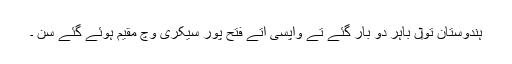
ہندوستان تو‏ں باہر دو بار گئے تے واپسی اُتے فتح پور سیکری وچ مقیم ہوئے گئے سن ۔